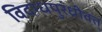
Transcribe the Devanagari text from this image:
विदग्धपुरंध्रीवत्